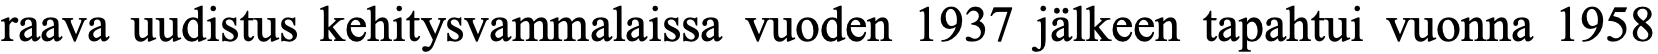
raava uudistus kehitysvammalaissa vuoden 1937 jälkeen tapahtui vuonna 1958